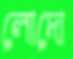
লোদো